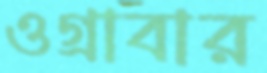
ওগ্‌রাবার